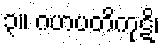
၃။ ဂဟပတိကုဋိ၊